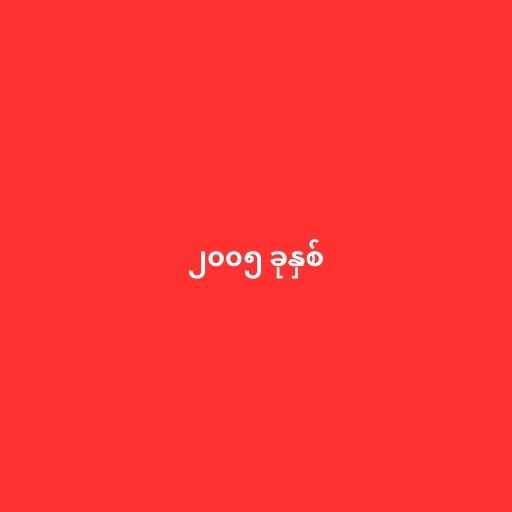
၂၀၀၅ ခုနှစ်